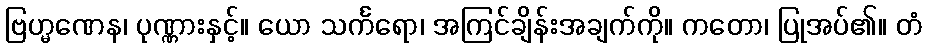
ဗြဟ္မဏေန၊ ပုဏ္ဏားနှင့်။ ယော သင်္ကရော၊ အကြင်ချိန်းအချက်ကို။ ကတော၊ ပြုအပ်၏။ တံ